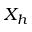
X _ { h }